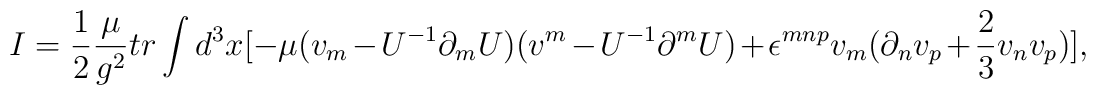
I = \frac{1}{2} \frac{\mu}{g^{2}} tr\int d^{3}x [-\mu(v_{m} - U^{-1}\partial_{m} U) (v^{m} - U^{-1}\partial^{m} U) + \epsilon^{mnp}v_{m}(\partial_{n}v_{p} +  \frac{2}{3}v_{n}v_{p})] ,